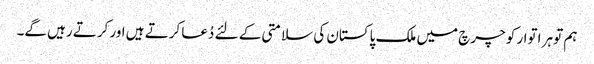
ہم تو ہر اتوار کو چرچ میں ملک پاکستان کی سلامتی کے لئے دُعا کرتے ہیں اور کرتے رہیں گے۔